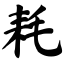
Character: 耗